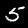
Digit: 5